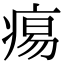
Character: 痬